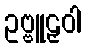
ဥဗ္ဗူဠှဝါ